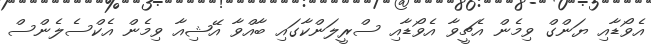
އެވޯޑާއި ޔަންގް ވިމެން އެޗީވާ އެވޯޑާއި ސްރީލަންކާގައި ބާއްވާ އޭޝިއާ ވިމެން އެކްސެލެންސް